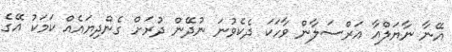
އޭނާ ނާޔަލްއާ އަރްސަލާން ވާހަކަ ދެކެވުނަ ނުދޭން ދުރަށް ގެންދިޔައެއް ކަމަކު އޭގެ